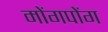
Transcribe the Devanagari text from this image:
मोंगपोंग